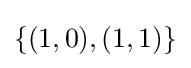
\{(1,0),(1,1)\}